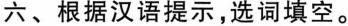
六、根据汉语提示,选词填空。